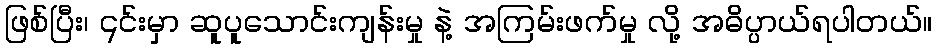
ဖြစ်ပြီး၊ ၎င်းမှာ ဆူပူသောင်းကျန်းမှု နဲ့ အကြမ်းဖက်မှု လို့ အဓိပ္ပာယ်ရပါတယ်။